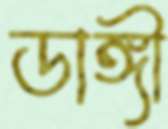
ডাঙ্গী